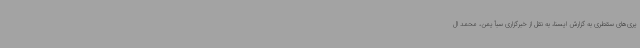
یری‌های سقطری به گزارش ایسنا، به نقل از خبرگزاری سبأ یمن، محمد ال